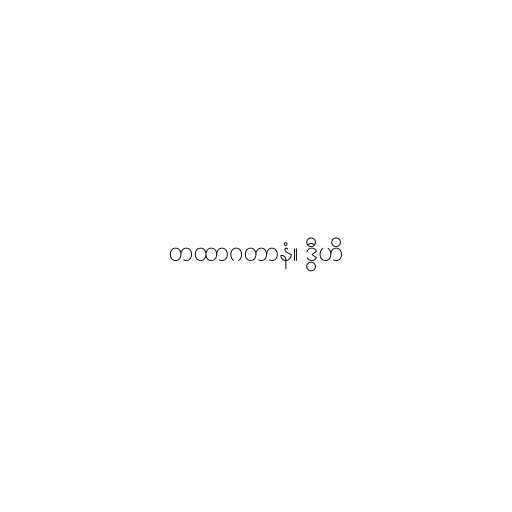
တထာဂတာနံ။ ဒွီဟိ